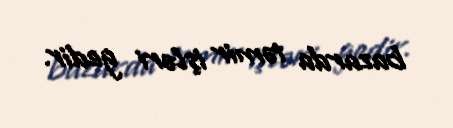
bazarda təmir işləri gedir.